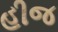
હીજ